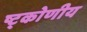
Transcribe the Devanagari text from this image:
ष्ट्कोणीय